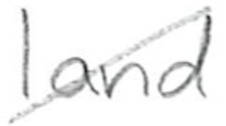
Text: land
Cross-out: diagonal
Writing tool: pencil